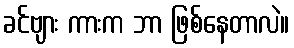
ခင်ဗျား ကားက ဘာ ဖြစ်နေတာလဲ။